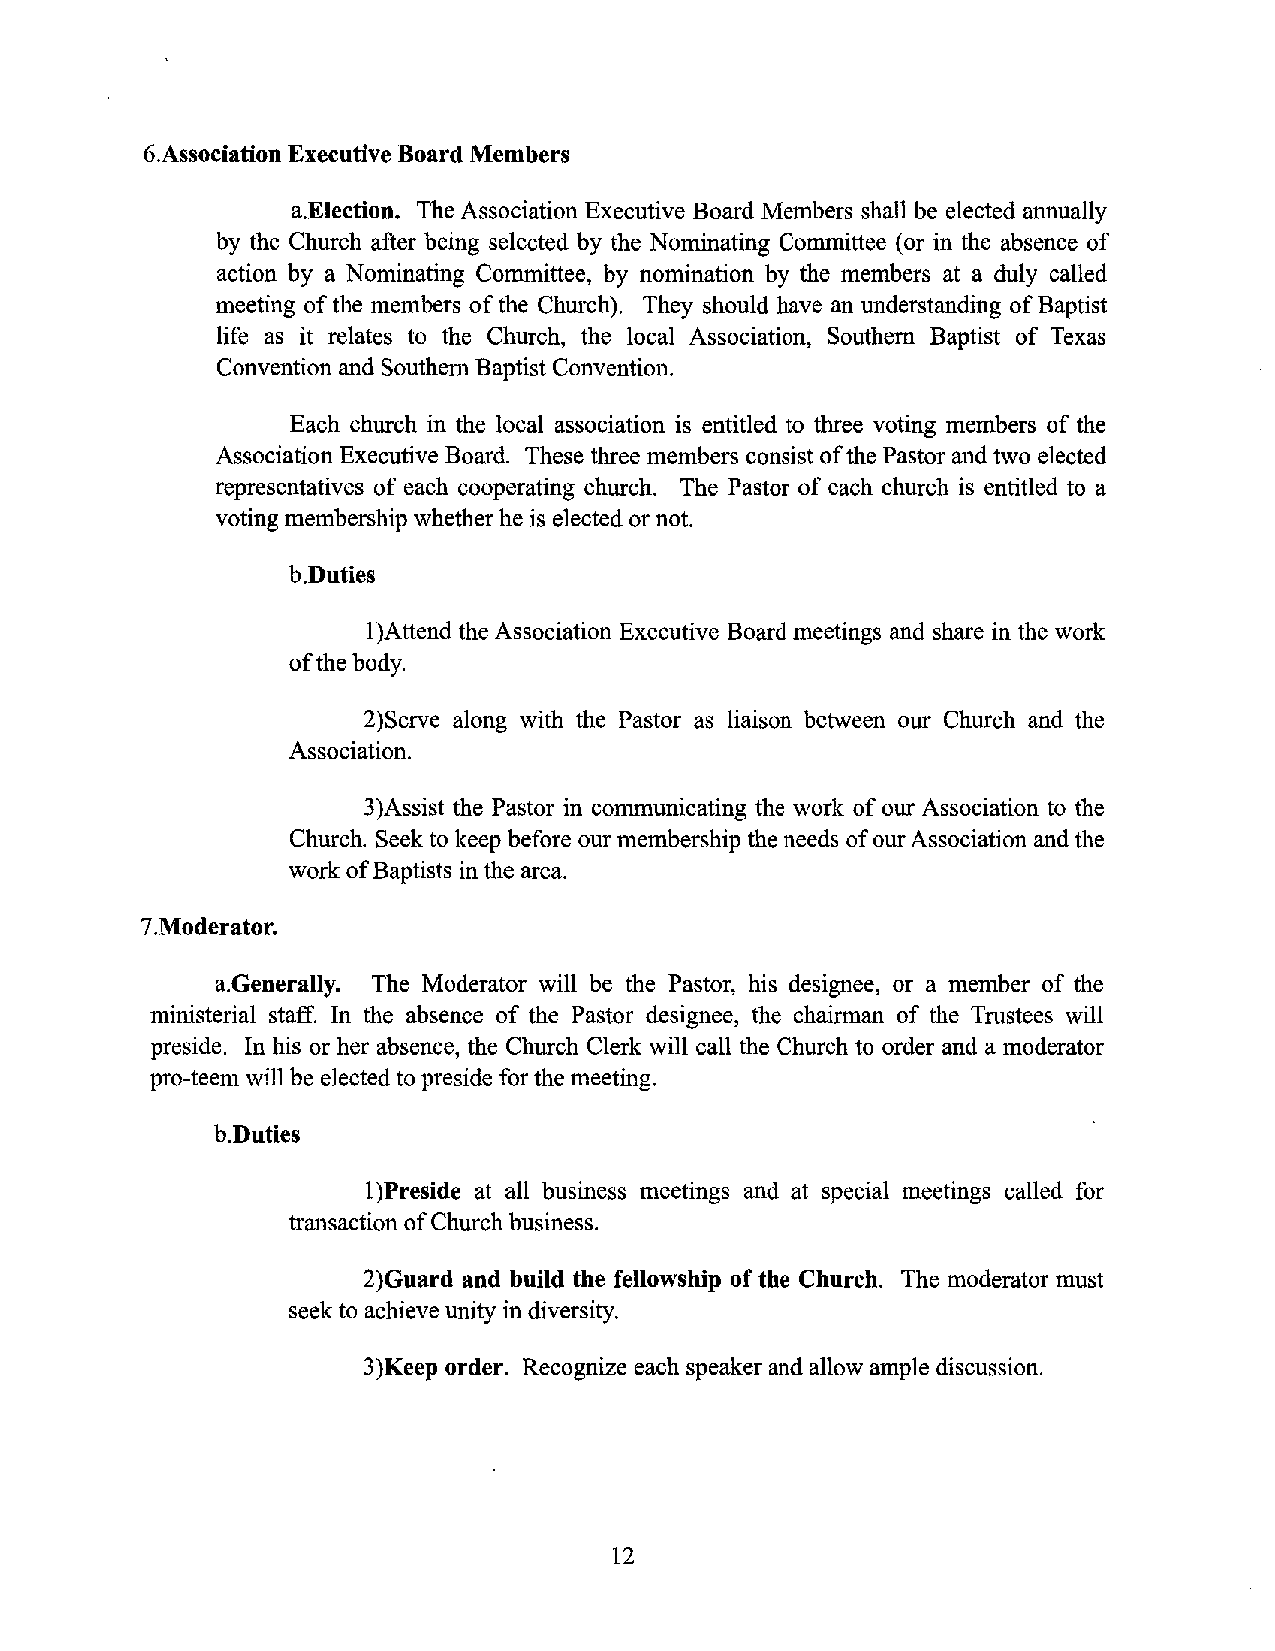
6.Association Executive Board Members
 a.Election. The Association Executive Board Members shall be elected annually
 by the Church after being selected by the Nominating Committee ( or in the absence of
 action by a Nominating Committee, by nomination by the members at a duly called
 meeting of the members of the Church). They should have an understanding of Baptist
 life as it relates to the Church, the local Association, Southern Baptist of Texas
 Convention and Southern Baptist Convention.
 Each church in the local association is entitled to three voting members of the
 Association Executive Board. These three members consist of the Pastor and two elected
 representatives of each cooperating church. The Pastor of each church is entitled to a
 voting membership whether he is elected or not.
 b.Duties
 1) Attend the Association Executive Board meetings and share in the work
 of the body.
 2)Serve along with the Pastor as liaison between our Church and the
 Association.
 3 )Assist the Pastor in communicating the work of our Association to the
 Church. Seek to keep before our membership the needs of our Association and the
 work of Baptists in the area.
 7.Moderator.
 a.Generally. The Moderator will be the Pastor, his designee, or a member of the
 ministerial staff. In the absence of the Pastor designee, the chairman of the Trustees will
 preside. In his or her absence, the Church Clerk will call the Church to order and a moderator
 pro-teem will be elected to preside for the meeting.
 b.Duties
 1) Preside at all business meetings and at special meetings called for
 transaction of Church business.
 2)Guard and build the fellowship of the Church. The moderator must
 seek to achieve unity in diversity.
 3)Keep order. Recognize each speaker and allow ample discussion.
 12